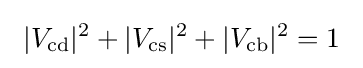
~|V_{\text{cd}}|^{2}+|V_{\text{cs}}|^{2}+|V_{\text{cb}}|^{2}=1~